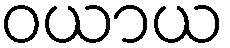
ဝယာယ